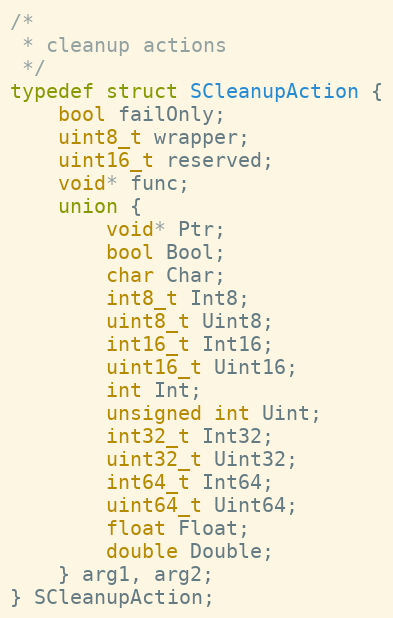
Language: C
/*
 * cleanup actions
 */
typedef struct SCleanupAction {
    bool failOnly;
    uint8_t wrapper;
    uint16_t reserved;
    void* func;
    union {
        void* Ptr;
        bool Bool;
        char Char;
        int8_t Int8;
        uint8_t Uint8;
        int16_t Int16;
        uint16_t Uint16;
        int Int;
        unsigned int Uint;
        int32_t Int32;
        uint32_t Uint32;
        int64_t Int64;
        uint64_t Uint64;
        float Float;
        double Double;
    } arg1, arg2;
} SCleanupAction;